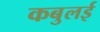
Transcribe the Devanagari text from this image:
कबुलई